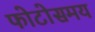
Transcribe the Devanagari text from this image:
फोटोसमय